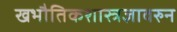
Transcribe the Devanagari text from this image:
खभौतिकशास्त्रज्ञावरुन